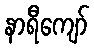
နာရီကျော်